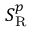
S _ { \mathrm { { R } } } ^ { p }